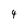
Character: 4